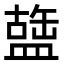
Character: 䀇